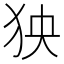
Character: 㹧